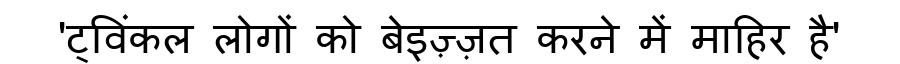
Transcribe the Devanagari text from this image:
'ट्विंकल लोगों को बेइज़्ज़त करने में माहिर है'